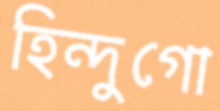
হিন্দুগো